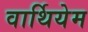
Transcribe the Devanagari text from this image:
वार्थियेम